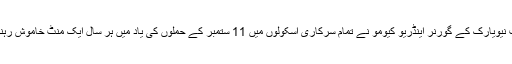
دوسری جانب امریکی ریاست نیویارک کے گورنر اینڈریو کیومو نے تمام سرکاری اسکولوں میں 11 ستمبر کے حملوں کی یاد میں ہر سال ایک منٹ خاموش رہنے کا قانون منظور کرلیا ہے۔